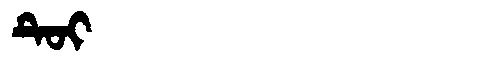
Manchu: ᡨᡠᡳ
Romanization: TUI